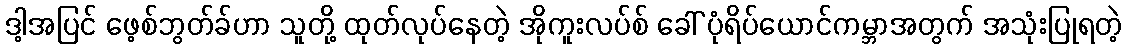
ဒါ့အပြင် ဖေ့စ်ဘွတ်ခ်ဟာ သူတို့ ထုတ်လုပ်နေတဲ့ အိုကူးလပ်စ် ခေါ် ပုံရိပ်ယောင်ကမ္ဘာအတွက် အသုံးပြုရတဲ့